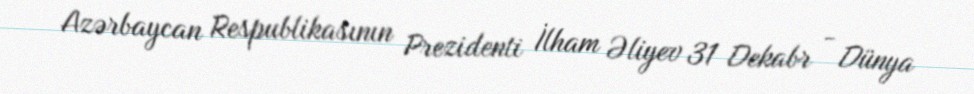
Azərbaycan Respublikasının Prezidenti İlham Əliyev 31 Dekabr - Dünya